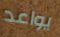
يواعد